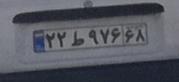
۲۲ط۹۷۶۶۸